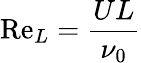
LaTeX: \mathrm{Re}_{L}={\frac{UL}{\nu_{0}}}